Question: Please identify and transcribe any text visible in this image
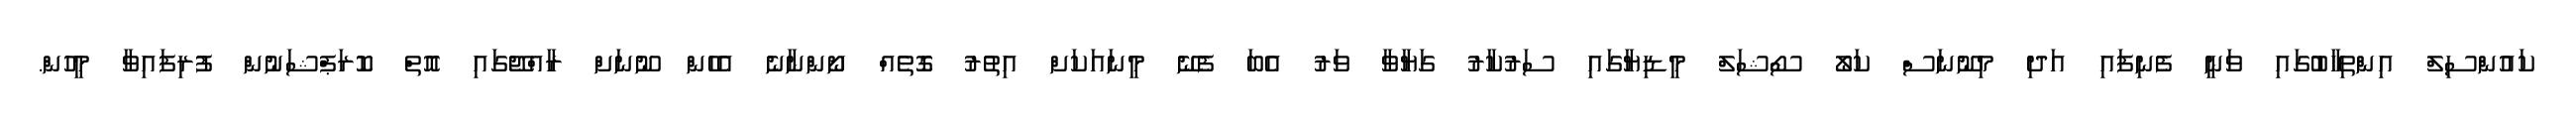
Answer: ކައުންސިލް އިންތިހާބުގައި ވަނީ ފެނިފައި އަދި މިނޫނަސް ކަލޯ ސޯޝަލް މީޑިޔާގައި ސަރުކާރު ގަޔާވާ ވަރު އެބަ ފެނޭ މީނައަކަށް އިތުރު ގޮތެއް ނޯންނާނެ އެހެން ނޫނަށް ރާއްޖޭގައި އޮތް ކޮރަޕްޝަނުން ފުރިފައިވާ މީހުން.